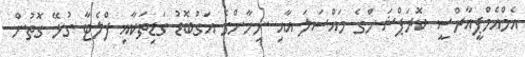
އެމްއެމްޕީއާރްސީ ކޮރަޕްޝަންގެ މައްސަލަ އާއި ނިހާންގެ އަގުބޮޑު ގަޑިތަކާއި ފްލެޓާ ގުޅޭ ގޮތުން